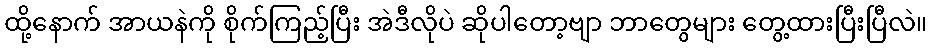
ထို့နောက် အာယနဲကို စိုက်ကြည့်ပြီး အဲဒီလိုပဲ ဆိုပါတော့ဗျာ ဘာတွေများ တွေ့ထားပြီးပြီလဲ။